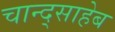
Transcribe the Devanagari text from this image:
चान्द्साहेब